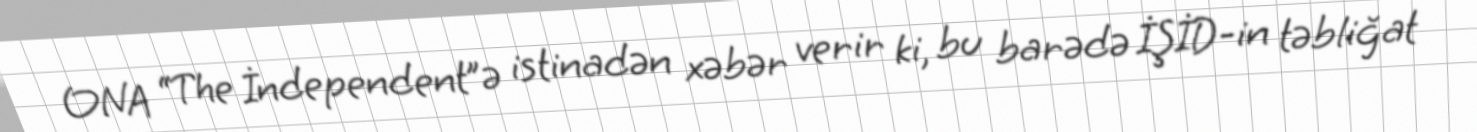
ONA “The İndependent”ə istinadən xəbər verir ki, bu barədə İŞİD-in təbliğat